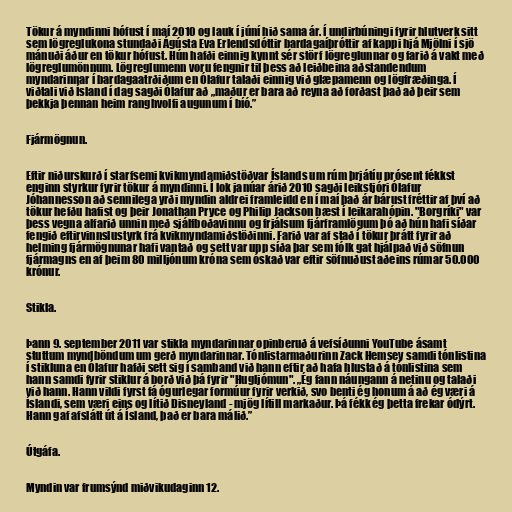
Tökur á myndinni hófust í maí 2010 og lauk í júní hið sama ár. Í undirbúningi fyrir hlutverk sitt
sem lögreglukona stundaði Ágústa Eva Erlendsdóttir bardagaíþróttir af kappi hjá Mjölni í sjö
mánuði áður en tökur hófust. Hún hafði einnig kynnt sér störf lögreglunnar og farið á vakt með
lögreglumönnum. Lögreglumenn voru fengnir til þess að leiðbeina aðstandendum
myndarinnar í bardagaatrðiðum en Ólafur talaði einnig við glæpamenn og lögfræðinga. Í
viðtali við Ísland í dag sagði Ólafur að „maður er bara að reyna að forðast það að þeir sem
þekkja þennan heim ranghvolfi augunum í bíó.”

Fjármögnun.

Eftir niðurskurð í starfsemi kvikmyndamiðstöðvar Íslands um rúm þrjátíu prósent fékkst
enginn styrkur fyrir tökur á myndinni. Í lok janúar árið 2010 sagði leikstjóri Ólafur
Jóhannesson að sennilega yrði myndin aldrei framleidd en í maí það ár bárust fréttir af því að
tökur hefðu hafist og þeir Jonathan Pryce og Philip Jackson bæst í leikarahópin. "Borgríki" var
þess vegna alfarið unnin með sjálfboðavinnu og frjálsum fjárframlögum þó að hún hafi síðar
fengið eftirvinnslustyrk frá kvikmyndamiðstöðinni. Farið var af stað í tökur þrátt fyrir að
helming fjármögnunar hafi vantað og sett var upp síða þar sem fólk gat hjálpað við söfnun
fjármagns en af þeim 80 milljónum króna sem óskað var eftir söfnuðust aðeins rúmar 50.000
krónur.

Stikla.

Þann 9. september 2011 var stikla myndarinnar opinberuð á vefsíðunni YouTube ásamt
stuttum myndböndum um gerð myndarinnar. Tónlistarmaðurinn Zack Hemsey samdi tónlistina
í stikluna en Ólafur hafði sett sig í samband við hann eftir að hafa hlustað á tónlistina sem
hann samdi fyrir stiklur á borð við þá fyrir "Hugljómun". „Ég fann náungann á netinu og talaði
við hann. Hann vildi fyrst fá ógurlegar formúur fyrir verkið, svo benti ég honum á að ég væri á
Íslandi, sem væri eins og lítið Disneyland - mjög lítill markaður. Þá fékk ég þetta frekar ódýrt.
Hann gaf afslátt út á Ísland, það er bara málið.”

Útgáfa.

Myndin var frumsýnd miðvikudaginn 12.